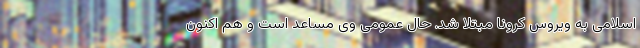
اسلامی به ویروس کرونا مبتلا شد. حال عمومی وی مساعد است و هم اکنون